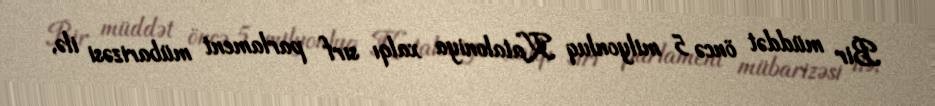
Bir müddət öncə 5 milyonluq Kataloniya xalqı sırf parlament mübarizəsi ilə,